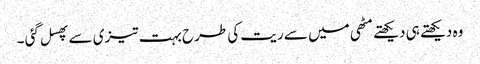
وہ دیکھتے ہی دیکھتے مٹھی میں سے ریت کی طرح بہت تیزی سے پھسل گئی ۔